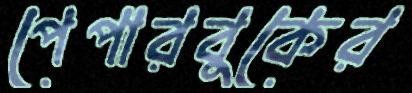
পেপারবুকের